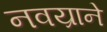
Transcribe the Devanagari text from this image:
नवय्राने